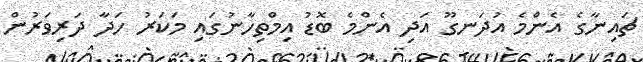
ޗައިނާގެ އެންމެ އުދަނގޫ އަދި އެންމެ ބޮޑު އިމްތިހާނުގައި މަކަރު ހަދާ ދަރިވަރުން